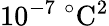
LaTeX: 10^{-7}\ {}^{\circ}\mathrm{C}^{2}